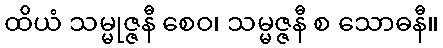
ထိယံ သမ္မုဇ္ဇနီ စေဝ၊ သမ္မဇ္ဇနီ စ သောဓနီ။